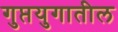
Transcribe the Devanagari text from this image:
गुप्तयुगातील